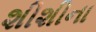
શીશીના